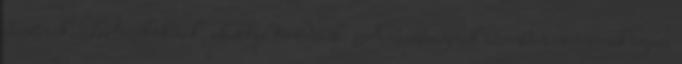
barátnak. Tartozékoknak, akikkel törődünk. A barátságnak azonban nincsenek igazi